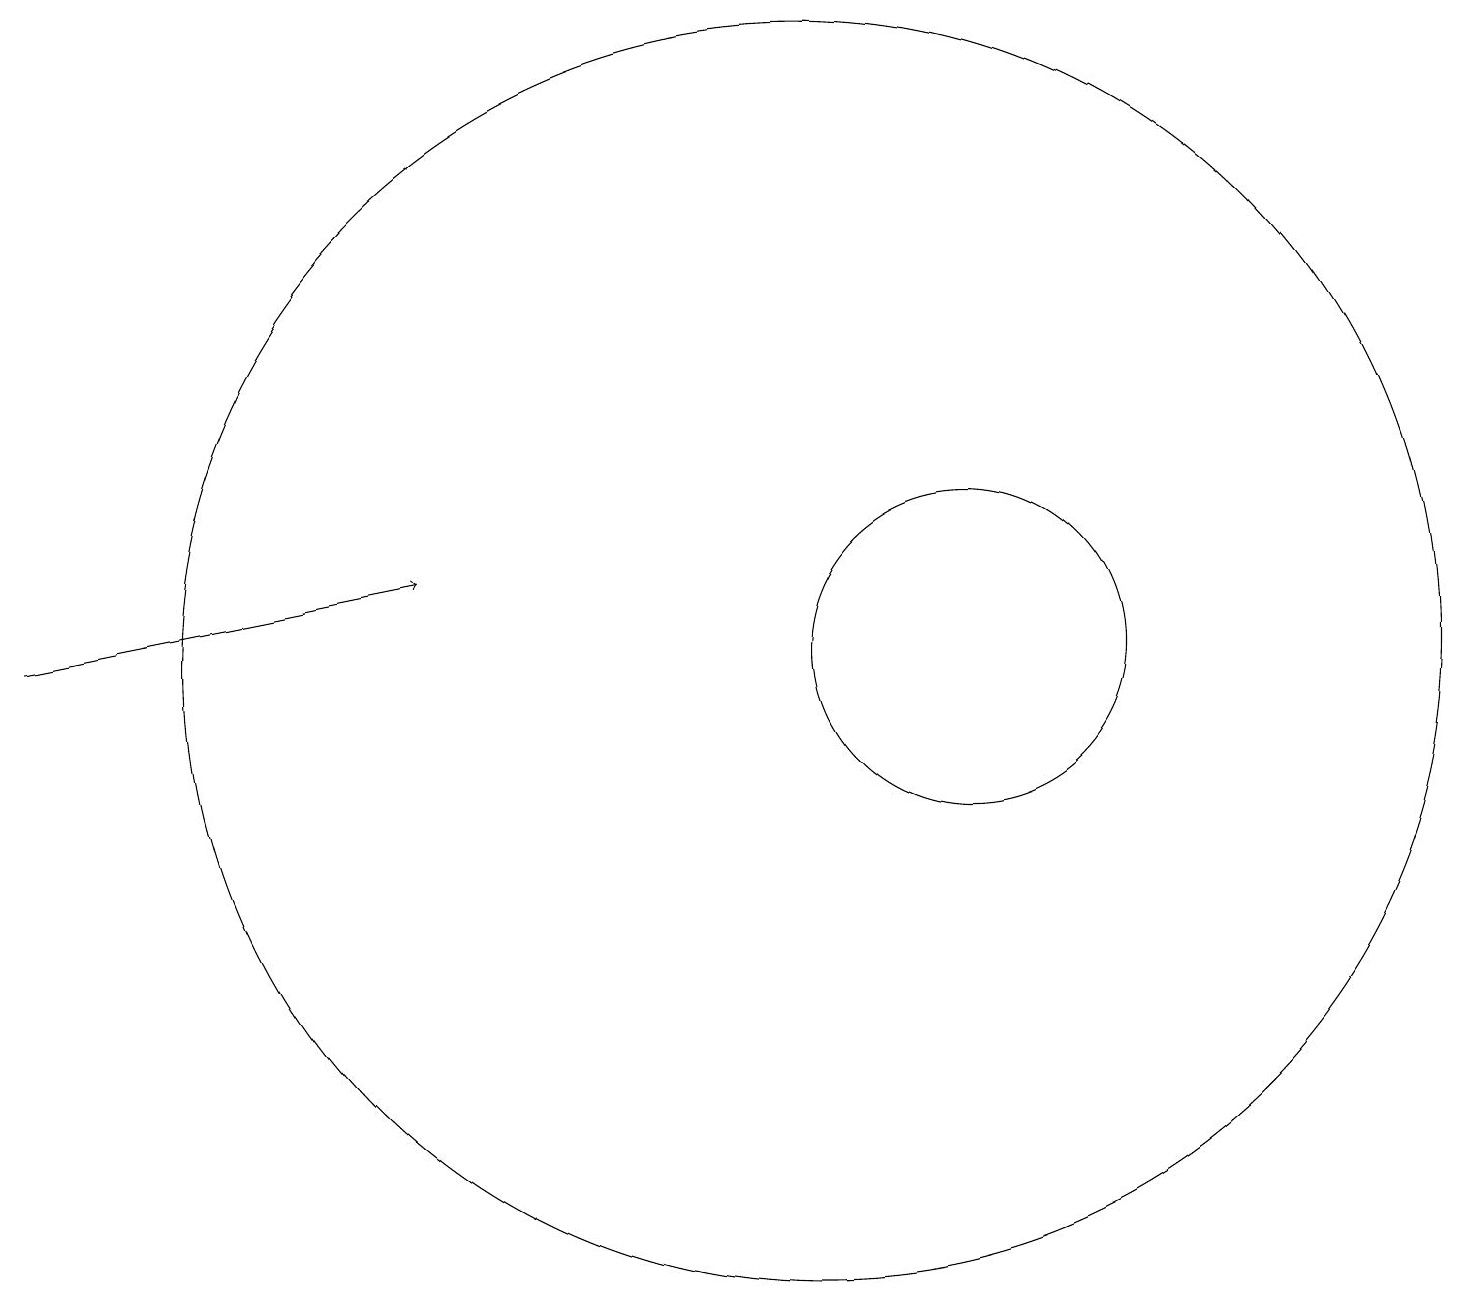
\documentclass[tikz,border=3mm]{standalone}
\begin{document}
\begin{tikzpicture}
\draw (12,11) circle (2);
\draw (10,11) circle (8);
\draw[->] (0,11) -- (5,12);
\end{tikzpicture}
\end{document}